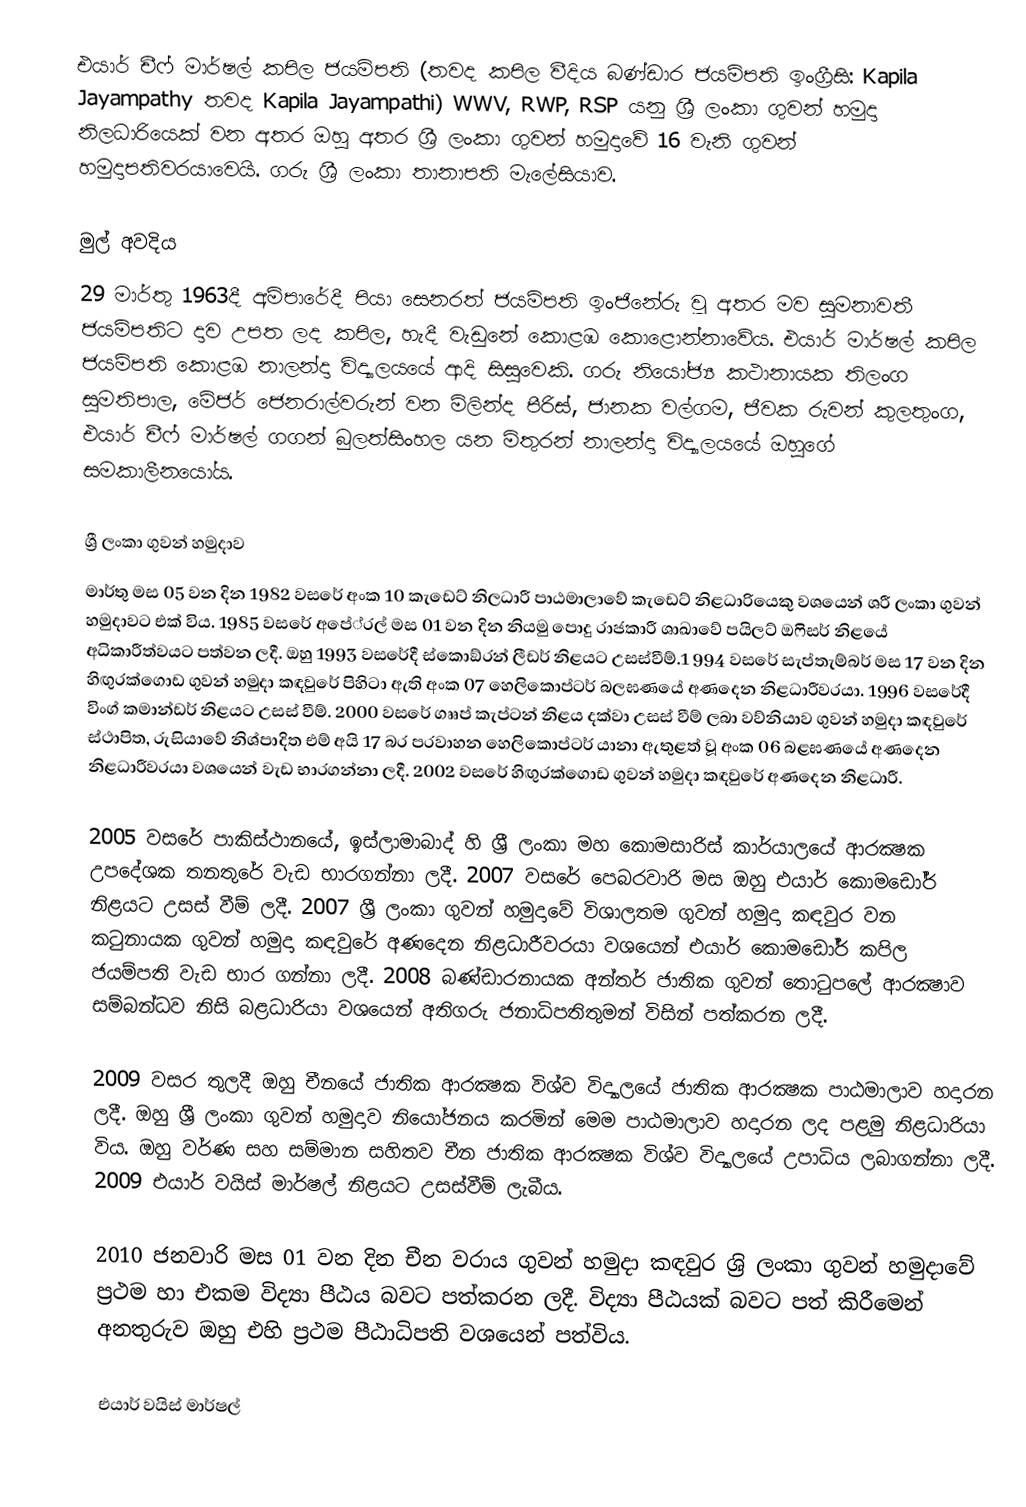
එයාර් චීෆ් මාර්ෂල් කපිල ජයම්පති (තවද කපිල වීදිය බණ්‌ඩාර ජයම්පති  ඉංග්‍රීසි: Kapila Jayampathy තවද Kapila Jayampathi) WWV,  RWP, RSP යනු  ශ්‍රී ලංකා ගුවන් හමුදා නිලධාරියෙක් වන අතර ඔහු අතර ශ්‍රී ලංකා ගුවන් හමුදාවේ 16 වැනි ගුවන් හමුදාපතිවරයාවෙයි. ගරු ශ්‍රී ලංකා තානාපති මැලේසියාව.

මුල් අවදිය
29 මාර්තු 1963දී අම්පාරේදී පියා සෙනරත් ජයම්පති ඉංජිනේරු වූ අතර මව සුමනාවතී ජයම්පතිට දාව උපත ලද කපිල, හැදී වැඩුනේ කොළඹ කොළොන්නාවේය. එයාර් මාර්ෂල් කපිල ජයම්පති  කොළඹ නාලන්දා විද්‍යාලයයේ ආදි සිසුවෙකි. ගරු නියෝජ්‍ය කථානායක තිලංග සුමතිපාල, මේජර් ජෙනරාල්වරුන් වන මිලින්ද පීරිස්, ජානක වල්ගම, ජීවක රුවන් කුලතුංග, එයාර් චීෆ් මාර්ෂල් ගගන් බුලත්සිංහල යන මිතුරන්  නාලන්දා විද්‍යාලයයේ ඔහුගේ සමකාලීනයෝය.

ශ්‍රී ලංකා ගුවන් හමුදාව
මාර්තු මස 05 වන දින 1982 වසරේ අංක 10 කැඩෙට් නිලධාරී පාඨමාලාවේ කැඩෙට් නිළධාරියෙකු වශයෙන් ශ‍්‍රී ලංකා ගුවන් හමුදාවට එක් විය. 1985 වසරේ අපේ‍්‍රල් මස 01 වන දින නියමු පොදු රාජකාරී ශාඛාවේ පයිලට් ඔෆිසර් නිළයේ අධිකාරීත්වයට පත්වන ලදී. ඔහු 1993 වසරේදී ස්කොඞ්රන් ලීඩර් නිළයට උසස්වීම්.1 994 වසරේ සැප්තැම්බර් මස 17 වන දින හිඟුරක්ගොඩ ගුවන් හමුදා කඳවුරේ පිහිටා ඇති අංක 07 හෙලිකොප්ටර් බලඝණයේ අණදෙන නිළධාරීවරයා. 1996 වසරේදී විංග් කමාන්ඩර් නිළයට උසස් වීම්. 2000 වසරේ  ගෲප් කැප්ටන් නිළය දක්වා උසස් වීම් ලබා වව්නියාව ගුවන් හමුදා කඳවුරේ ස්ථාපිත, රුසියාවේ නිශ්පාදිත එම් අයි 17 බර ප‍්‍රවාහන හෙලිකොප්ටර් යානා ඇතුළත් වූ අංක 06 බළඝණයේ අණදෙන නිළධාරීවරයා වශයෙන්  වැඩ භාරගන්නා ලදී. 2002 වසරේ හිඟුරක්ගොඩ ගුවන් හමුදා කඳවුරේ අණදෙන නිළධාරී.

2005 වසරේ පාකිස්ථානයේ, ඉස්ලාමාබාද් හි ශ‍්‍රී ලංකා මහ කොමසාරිස් කාර්යාලයේ ආරක්‍ෂක උපදේශක තනතුරේ වැඩ භාරගන්නා ලදී. 2007 වසරේ පෙබරවාරි මස ඔහු එයාර් කොමඩෝර් නිළයට උසස් වීම් ලදී. 2007 ශ‍්‍රී ලංකා ගුවන් හමුදාවේ විශාලතම ගුවන් හමුදා කඳවුර වන කටුනායක ගුවන් හමුදා කඳවුරේ අණදෙන නිළධාරීවරයා වශයෙන් එයාර් කොමඩෝර් කපිල ජයම්පති වැඩ භාර ගන්නා ලදී. 2008 බණ්ඩාරනායක අන්තර් ජාතික ගුවන් තොටුපලේ ආරක්‍ෂාව සම්බන්ධව නිසි බළධාරියා වශයෙන් අතිගරු ජනාධිපතිතුමන් විසින් පත්කරන ලදී.

2009 වසර තුලදී ඔහු චීනයේ ජාතික ආරක්‍ෂක විශ්ව විද්‍යාලයේ ජාතික ආරක්‍ෂක පාඨමාලාව හදාරන ලදී. ඔහු ශ‍්‍රී ලංකා ගුවන් හමුදාව නියෝජනය කරමින් මෙම පාඨමාලාව හදාරන ලද පළමු නිළධාරියා විය. ඔහු වර්ණ සහ සම්මාන සහිතව චීන ජාතික ආරක්‍ෂක විශ්ව විද්‍යාලයේ උපාධිය ලබාගන්නා ලදී. 2009 එයාර් වයිස් මාර්ෂල් නිළයට උසස්වීම් ලැබීය.

2010 ජනවාරි මස 01 වන දින චීන වරාය ගුවන් හමුදා කඳවුර ශ‍්‍රි ලංකා ගුවන් හමුදාවේ ප‍්‍රථම හා එකම විද්‍යා පීඨය බවට පත්කරන ලදී. විද්‍යා පීඨයක් බවට පත් කිරීමෙන් අනතුරුව ඔහු එහි ප‍්‍රථම පීඨාධිපති  වශයෙන් පත්විය.

එයාර් වයිස් මාර්ෂල්